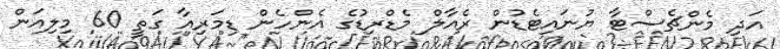
އަދި މެންޗެސްޓާ ޔުނައިޓެޑުން ރެއާލް މެޑްރިޑުގެ އެންހެން ޑިމަރިއާ ގަތީ 60 މިލިއަން